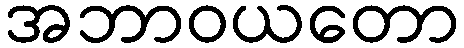
အဘာဝယတော